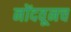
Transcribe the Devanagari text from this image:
नोंदवूनच